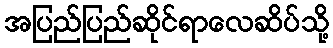
အပြည်ပြည်ဆိုင်ရာလေဆိပ်သို့